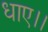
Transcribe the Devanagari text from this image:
धाए।।